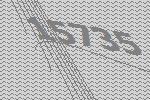
15735